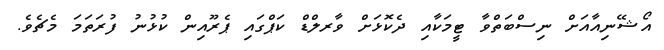
އޯޝޭނިއާއަށް ނިސްބަތްވާ ޓީމަކާއި ދެކޮޅަށް ވާރލްޑް ކަޕްގައި ޕެރޫއިން ކުޅުނު ފުރަތަމަ މެޗެވެ.